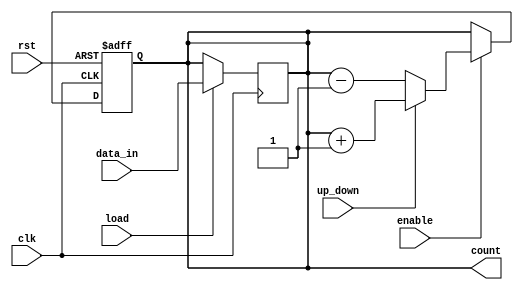
module up_down_counter(
    input wire clk,
    input wire rst,
    input wire enable,
    input wire up_down,
    input wire load,
    input wire [3:0] data_in,
    output reg [3:0] count
);

always @(posedge clk or posedge rst) begin
    if (rst)
        count <= 4'b0000;
    else if (enable) begin
        if (up_down)
            count <= count + 1;
        else
            count <= count - 1;
    end
end

always @(posedge clk) begin
    if (load)
        count <= data_in;
end

endmodule